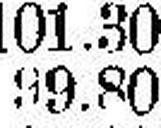
99.80